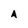
Character: A